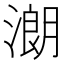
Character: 𣼽